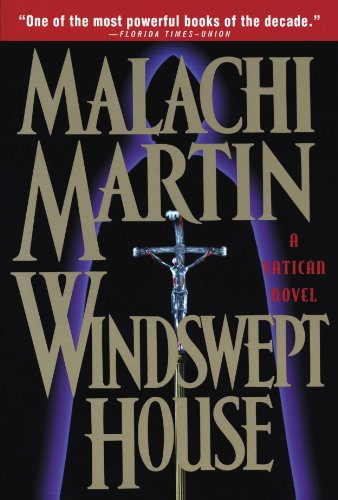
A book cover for Windswept House: A Vatican Novel; Malachi Martin; Literature & Fiction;